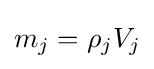
m_{j}=\rho _{j}V_{j}